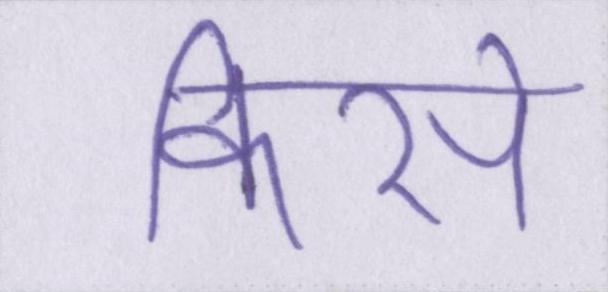
किसे